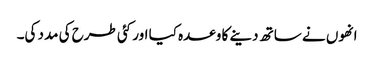
انھوں نے ساتھ دینے کا وعدہ کیا اور کئی طرح کی مدد کی۔